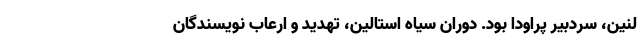
لنین، سردبیر پراودا بود. دوران سیاه استالین، تهدید و ارعاب نویسندگان